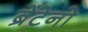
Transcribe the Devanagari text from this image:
ब्रेंटेनो